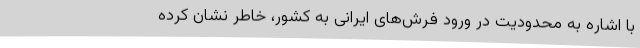
با اشاره به محدودیت در ورود فرش‌های ایرانی به کشور، خاطر نشان کرده